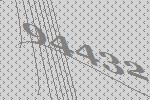
94432